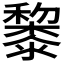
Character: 𥣥